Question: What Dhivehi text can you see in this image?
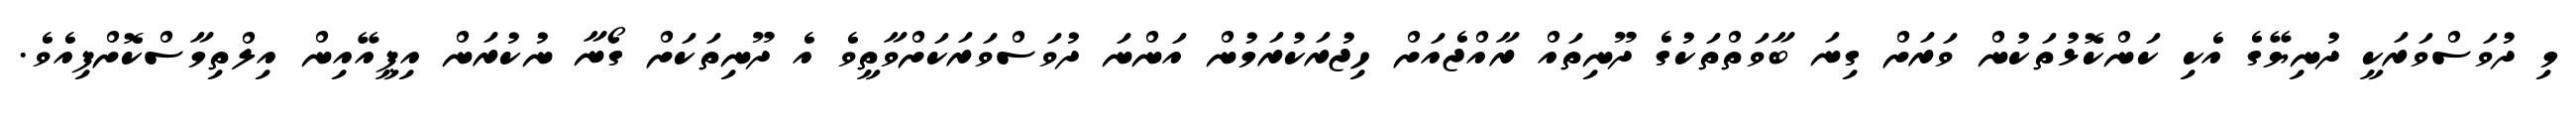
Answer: މި ދުވަސްވަރަކީ ދުނިޔޭގެ އެކި ކަންކޮޅުތަކުން ވަރަށް ގިނަ ބާވަތްތަކުގެ ދޫނިތައް ރާއްޖެއަށް ހިޖުރަކުރަމުން އަންނަ ދުވަސްވަރަކަށްވާތީވެ އެ ދޫނިތަކަށް ގޯނާ ނުކުރަން އިޕީއޭއިން އިލްތިމާސްކޮށްފިއެވެ.